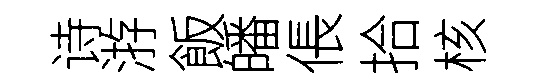
诗㳺飯皤倀拾核